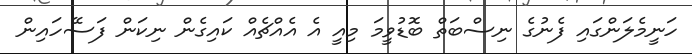
ހަނީމެލަންގައި ފެނުގެ ނިސްބަތް ބޮޑުވީމަ މިއީ އެ އެއްޗެއް ކައިގެން ނިކަން ފަސޭހައިން